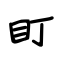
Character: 盯